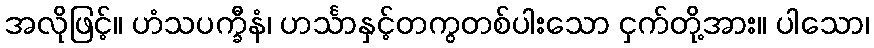
အလိုဖြင့်။ ဟံသပက္ခီနံ၊ ဟင်္သာနှင့်တကွတစ်ပါးသော ငှက်တို့အား။ ပါသော၊